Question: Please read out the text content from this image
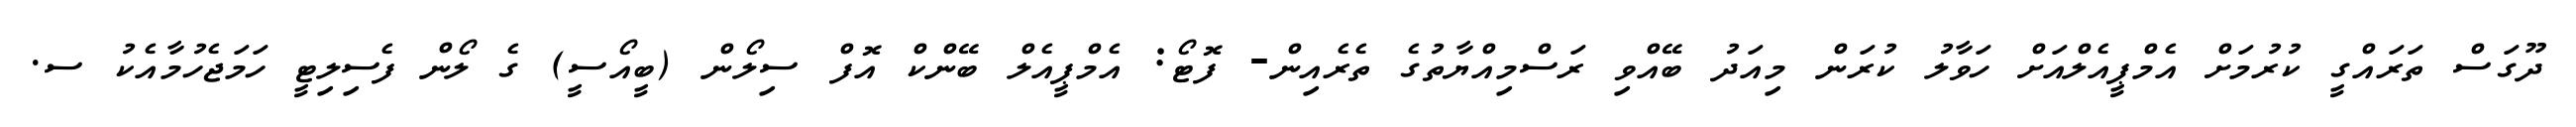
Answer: ދޫގަސް ތަރައްގީ ކުރުމަށް އެމްޕީއެލްއަށް ހަވާލު ކުރަން މިއަދު ބޭއްވި ރަސްމިއްޔާތުގެ ތެރެއިން- ފޮޓޯ: އެމްޕީއެލް ބޭންކް އޮފް ސިލޯން (ބީއޯސީ) ގެ ލޯން ފެސިލިޓީ ހަމަޖެހުމާއެކު ސ.